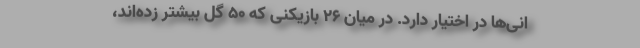
انی‌ها در اختیار دارد. در میان 26 بازیکنی که 50 گل بیشتر زده‌اند،